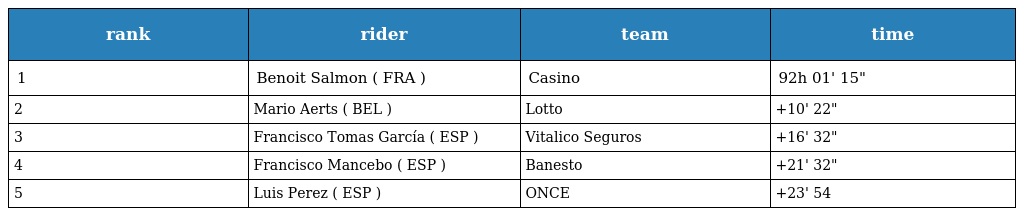
| rank | rider | team | time |
 | --- | --- | --- | --- |
 | 1 | Benoit Salmon ( FRA ) | Casino | 92h 01' 15" |
 | 2 | Mario Aerts ( BEL ) | Lotto | +10' 22" |
 | 3 | Francisco Tomas García ( ESP ) | Vitalico Seguros | +16' 32" |
 | 4 | Francisco Mancebo ( ESP ) | Banesto | +21' 32" |
 | 5 | Luis Perez ( ESP ) | ONCE | +23' 54 |